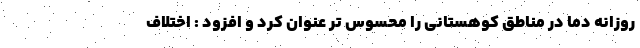
روزانه دما در مناطق کوهستانی را محسوس تر عنوان کرد و افزود : اختلاف